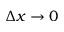
\Delta x \to 0